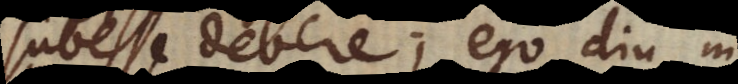
subesse debere; ego diu in